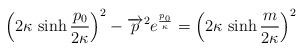
LaTeX: \begin{align*}\left(2 \kappa \, \sinh {\frac{p_{0} }{2\kappa}}\right)^{2}- \overrightarrow{p}^{2} e^{{\frac{p_{0}}{\kappa}}} = \left(2 \kappa \, \sinh {\frac{m}{2\kappa}}\right)^{2}\end{align*}